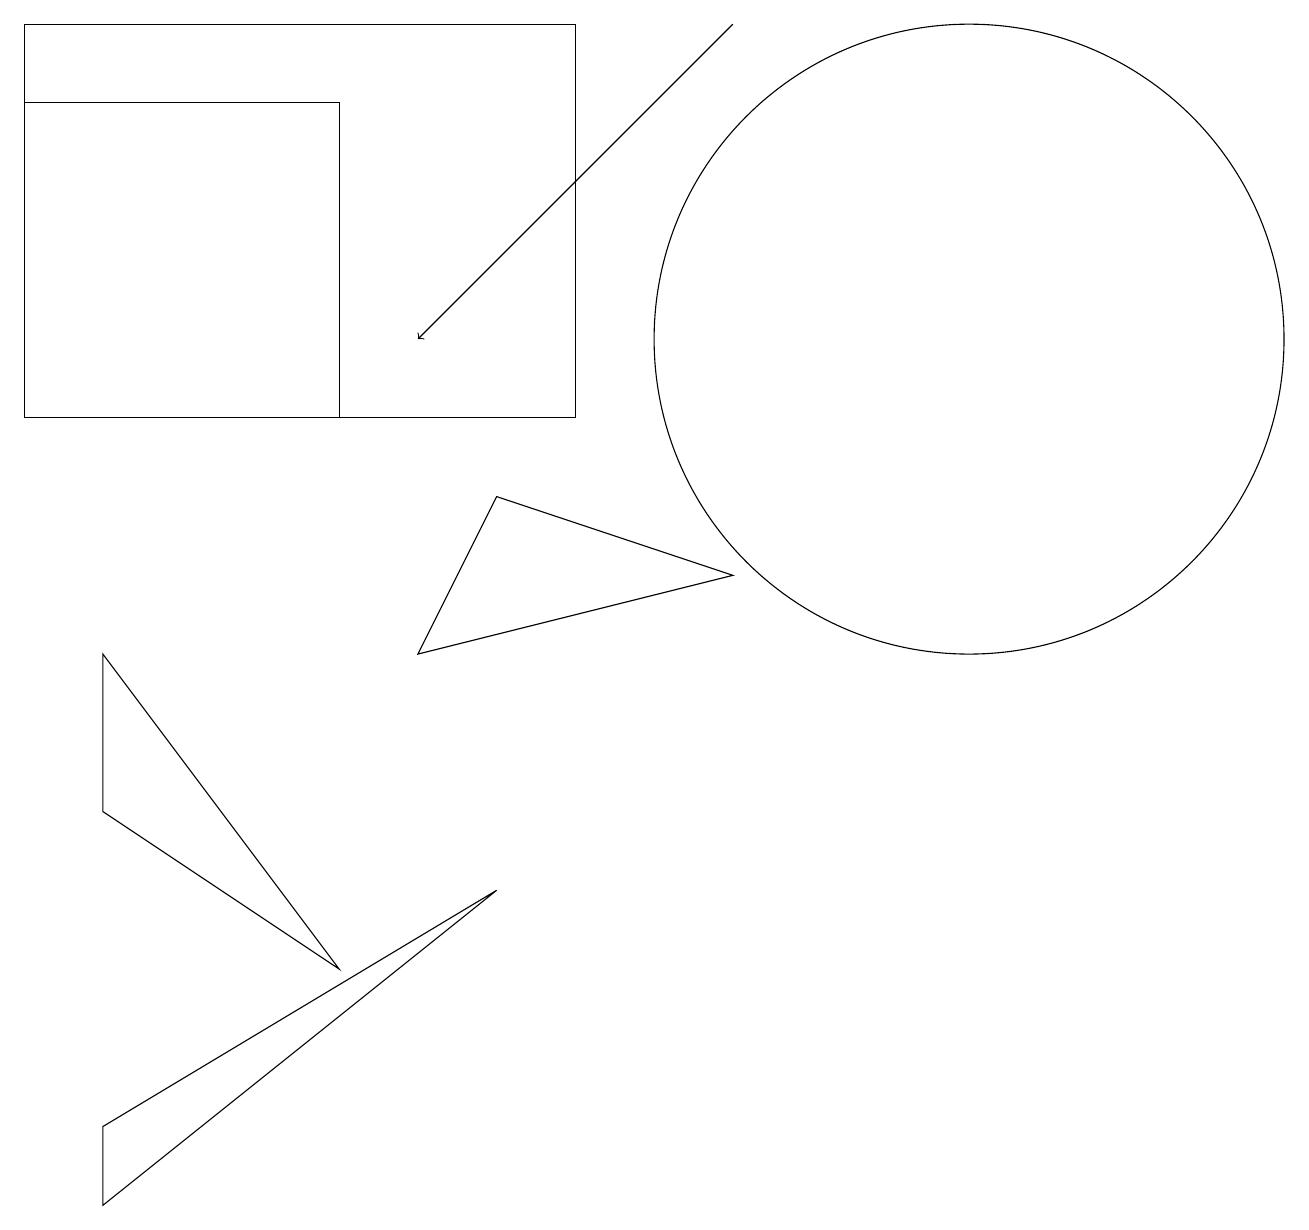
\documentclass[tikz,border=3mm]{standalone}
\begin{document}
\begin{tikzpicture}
\draw[->] (9,15) -- (5,11);
\draw (0,10) rectangle (4,14);
\draw (0,10) rectangle (7,15);
\draw (5,7) -- (6,9) -- (9,8) -- cycle;
\draw (11,12) circle (0);
\draw (12,11) circle (4);
\draw (1,7) -- (1,5) -- (4,3) -- cycle;
\draw (1,0) -- (1,1) -- (6,4) -- cycle;
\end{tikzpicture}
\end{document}